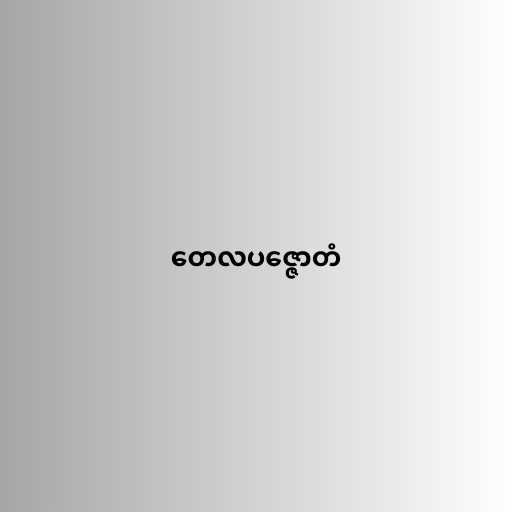
တေလပဇ္ဇောတံ